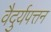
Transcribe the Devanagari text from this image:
वैदुर्यपत्तन